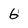
Character: 6